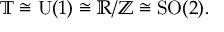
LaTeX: \mathbb { T } \cong { \mathrm { U } } ( 1 ) \cong \mathbb { R } / \mathbb { Z } \cong { \mathrm { S O } } ( 2 ) .